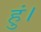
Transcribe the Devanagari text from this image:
हुं।